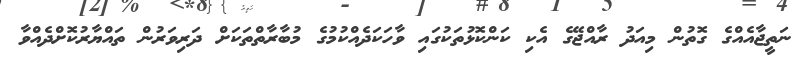
ނަތީޖާއެއްގެ ގޮތުން މިއަދު ރާއްޖޭގެ އެކި ކަންކޮޅުތަކުގައި ވާހަކަދެއްކުމުގެ މުބާރާތްތަކަށް ދަރިވަރުން ތައްޔާރުކޮށްދެއްވާ